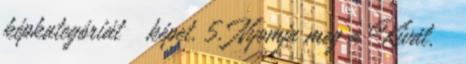
képkategóriát → képet. 5. Nyomja meg a Kivál. →